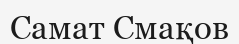
Самат Смақов